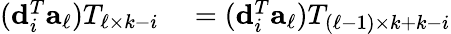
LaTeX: \begin{array}{rl}{({\mathbf d}_{i}^{T}{\mathbf a}_{\ell})T_{\ell\times k-i}}&{{}=({\mathbf d}_{i}^{T}{\mathbf a}_{\ell})T_{({\ell-1})\times k+k-i}}\end{array}